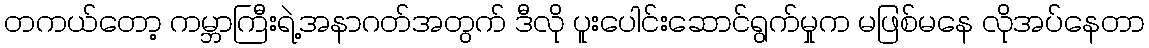
တကယ်တော့ ကမ္ဘာကြီးရဲ့အနာဂတ်အတွက် ဒီလို ပူူးပေါင်းဆောင်ရွက်မှုက မဖြစ်မနေ လိုအပ်နေတာ